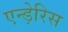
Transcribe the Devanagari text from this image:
एन्ड़ेरिस